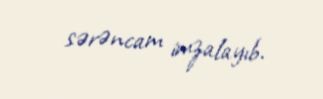
sərəncam imzalayıb.